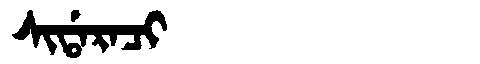
Manchu: ᠰᡳᡩᠠᡵᠠᠴᡳ
Romanization: SIDARACI